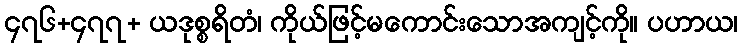
၄၇၆+၄၇၇+ ယဒုစ္စရိတံ၊ ကိုယ်ဖြင့်မကောင်းသောအကျင့်ကို။ ပဟာယ၊